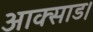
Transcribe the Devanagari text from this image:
आक्साड।